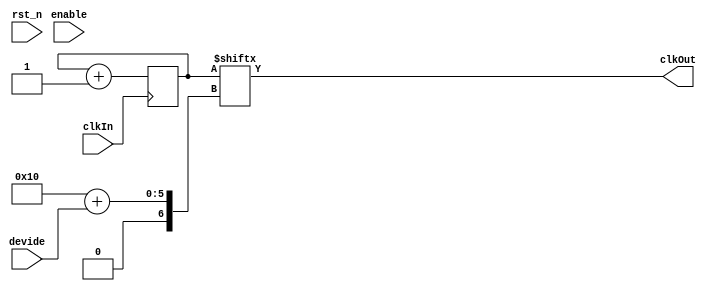

//tunable clock devider
module sm_clk_divider
#(
    parameter shift  = 16,
              bypass = 0
)
(
    input           clkIn,
    input           rst_n,
    input   [ 3:0 ] devide,
    input           enable,
    output          clkOut
);
    reg  [39:0] cntr;
    wire [39:0] cntrNext = cntr + 1;
    //sm_register_we r_cntr(clkIn, rst_n, enable, cntrNext, cntr);
    always @(posedge clkIn) cntr <= cntrNext;

    assign clkOut = bypass ? clkIn 
                           : cntr[shift + devide];
endmodule